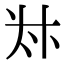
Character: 𠦑